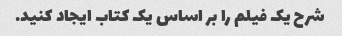
شرح یک فیلم را بر اساس یک کتاب ایجاد کنید.